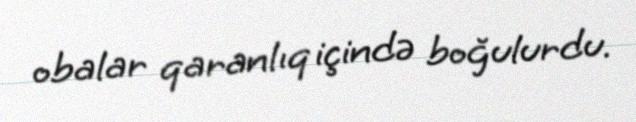
obalar qaranlıq içində boğulurdu.